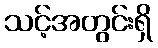
သင့်အတွင်းရှိ